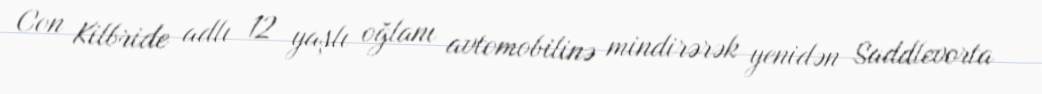
Con Kilbride adlı 12 yaşlı oğlanı avtomobilinə mindirərək yenidən Saddlevorta